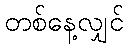
တစ်နေ့လျှင်